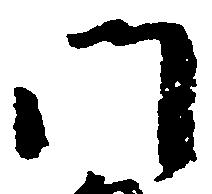
門